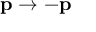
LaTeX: \mathbf { y } ( t ) = C \mathbf { x } ( t )